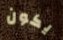
يكون